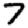
Digit: 7